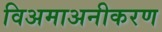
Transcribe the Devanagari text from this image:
विअमाअनीकरण